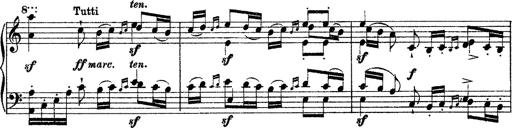
Title: Grande fantasie di bravura sur La clochette
Composer: Franz Liszt
Key: A minor